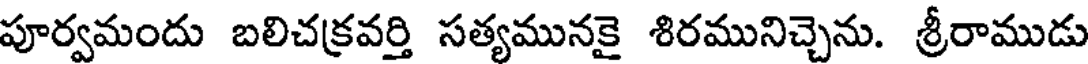
పూర్వమందు బలిచక్రవర్తి సత్యమునకై శిరమునిచ్చెను. శ్రీరాముడు